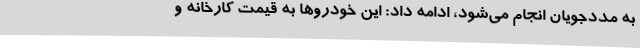
به مددجویان انجام می‌شود، ادامه داد: این خودروها به قیمت کارخانه و